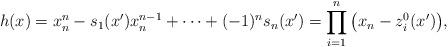
LaTeX: \begin{align*} h(x)=x_n^n-s_1(x')x_n^{n-1}+\dots+(-1)^n s_n(x') =\prod_{i=1}^n\big(x_n-z_i^0(x')\big),\end{align*}